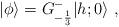
LaTeX: \begin{align*} \vert\phi\rangle=G^-_{-{1\over3}}\vert{h;0}\rangle{}~,\end{align*}